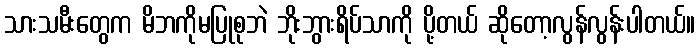
သားသမီးတွေက မိဘကိုမပြုစုဘဲ ဘိုးဘွားရိပ်သာကို ပို့တယ် ဆိုတော့လွန်လွန်းပါတယ်။